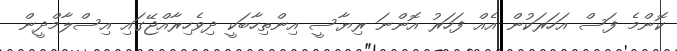
ކޮންމެ ފަސް އަހަރަކުން އެއް ފަހަރު އޮންނަ ރިޔާސީ އިންތިހާބަކީ ދިވެހިރާއްޖޭގައި އިސްލާމްދީން